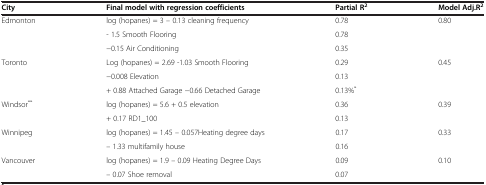
<table><thead><tr><td><b>City</b></td><td><b>Final model with regression coefficients</b></td><td><b>Partial R<sup>2</sup></b></td><td><b>Model Adj.R<sup>2</sup></b></td></tr></thead><tbody><tr><td rowspan="3">Edmonton</td><td>log (hopanes) = 3 – 0.13 cleaning frequency</td><td>0.78</td><td rowspan="3">0.80</td></tr><tr><td>- 1.5 Smooth Flooring</td><td>0.78</td></tr><tr><td>−0.15 Air Conditioning</td><td>0.35</td></tr><tr><td rowspan="3">Toronto</td><td>Log (hopanes) = 2.69 -1.03 Smooth Flooring</td><td>0.29</td><td rowspan="3">0.45</td></tr><tr><td>−0.008 Elevation</td><td>0.13</td></tr><tr><td>+ 0.88 Attached Garage −0.66 Detached Garage</td><td>0.13%<sup>*</sup></td></tr><tr><td rowspan="2">Windsor<sup>**</sup></td><td>log (hopanes) = 5.6 + 0.5 elevation</td><td>0.36</td><td rowspan="2">0.39</td></tr><tr><td>+ 0.17 RD1_100</td><td>0.13</td></tr><tr><td rowspan="2">Winnipeg</td><td>log (hopanes) = 1.45 – 0.057Heating degree days</td><td>0.17</td><td rowspan="2">0.33</td></tr><tr><td>– 1.33 multifamily house</td><td>0.16</td></tr><tr><td rowspan="2">Vancouver</td><td>log (hopanes) = 1.9 – 0.09 Heating Degree Days</td><td>0.09</td><td rowspan="2">0.10</td></tr><tr><td>– 0.07 Shoe removal</td><td>0.07</td></tr></tbody></table>